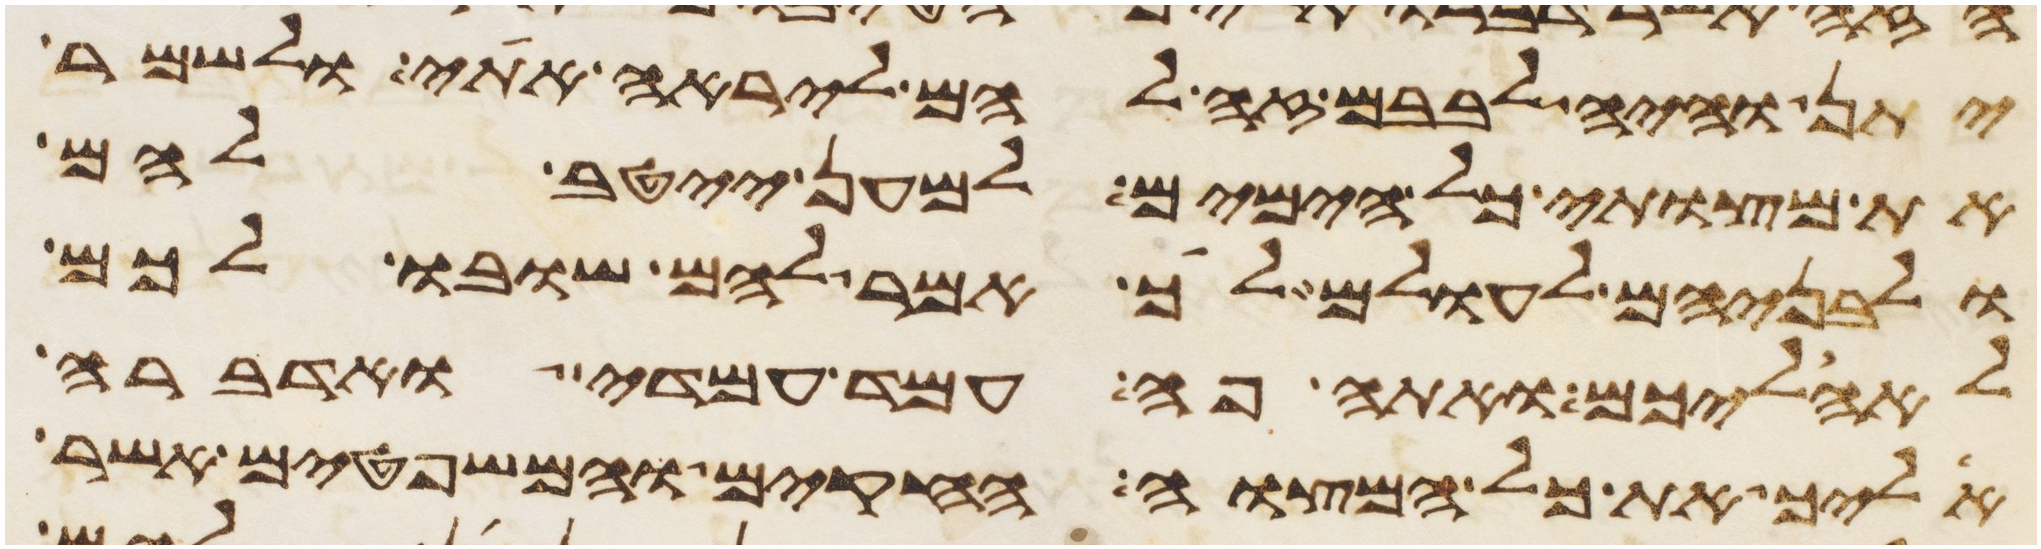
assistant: יתן והיה לבבם זה להם ליראה אתי ולשמר
את מצותי כל הימים למען ייטב להם
ולבניהם לעולם לך אמר להם שובו לכם
לאהליכם ואתה פה עמד עמדי ואדברה
אליך את כל המצוה החקים והמשפטים אשר